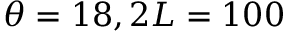
\theta = 1 8 , 2 L = 1 0 0